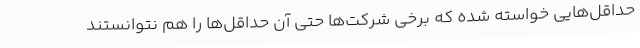
حداقل‌هایی خواسته شده که برخی شرکت‌ها حتی آن حداقل‌ها را هم نتوانستند